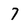
Character: 7